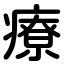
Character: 療